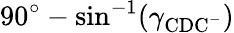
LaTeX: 90^{\circ}-\sin^{-1}(\gamma_{\mathrm{CDC^{-}}})